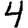
Digit: 4